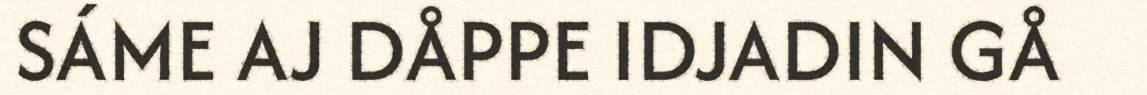
SÁME AJ DÅPPE IDJADIN GÅ